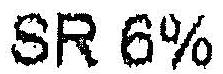
SR 6%